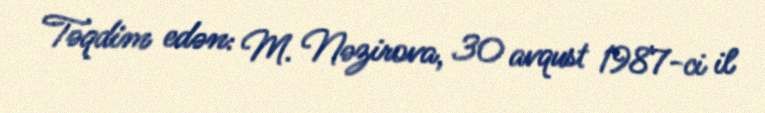
Təqdim edən: M. Nəzirova, 30 avqust 1987-ci il